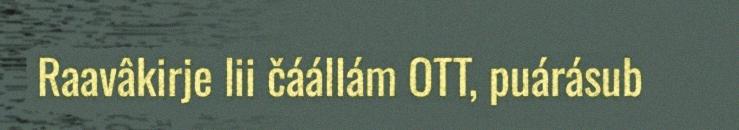
Raavâkirje lii čáállám OTT, puárásub